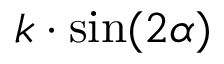
k \cdot \sin ( 2 \alpha )